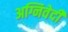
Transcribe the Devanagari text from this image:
अग्निवेदी